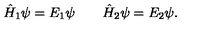
\hat { H } _ { 1 } \psi = E _ { 1 } \psi \qquad \hat { H } _ { 2 } \psi = E _ { 2 } \psi .